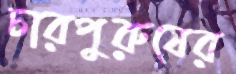
চারপুরুষের